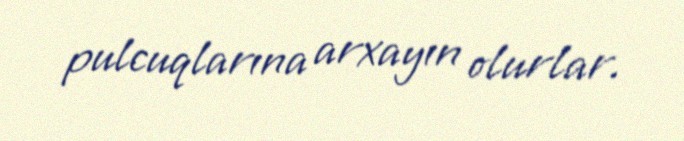
pulcuqlarına arxayın olurlar.